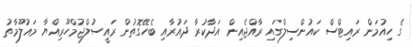
ގެ ހިއުމަން ރައިޓްސް ކައުންސިލްގައި ރާއްޖެއިން އަދާކުރާ ދައުރާއި ބެހޭގޮތުން ރައީސުލްޖުމްހޫރިއްޔާ މައުލޫމާތު